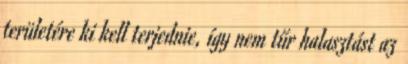
területére ki kell terjednie, így nem tűr halasztást az